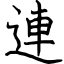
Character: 連